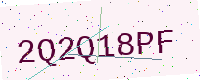
Text: 2Q2Q18PF